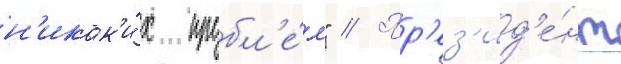
н'икак'и́х пробл'е́м" // Пр'ез'ид'е́нт